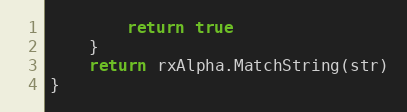
Language: Go
		return true
	}
	return rxAlpha.MatchString(str)
}